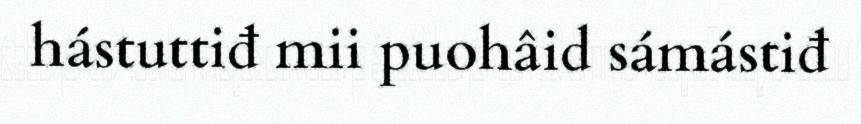
hástuttiđ mii puohâid sámástiđ